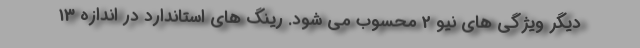
دیگر ویژگی های نیو 2 محسوب می شود. رینگ های استاندارد در اندازه 13